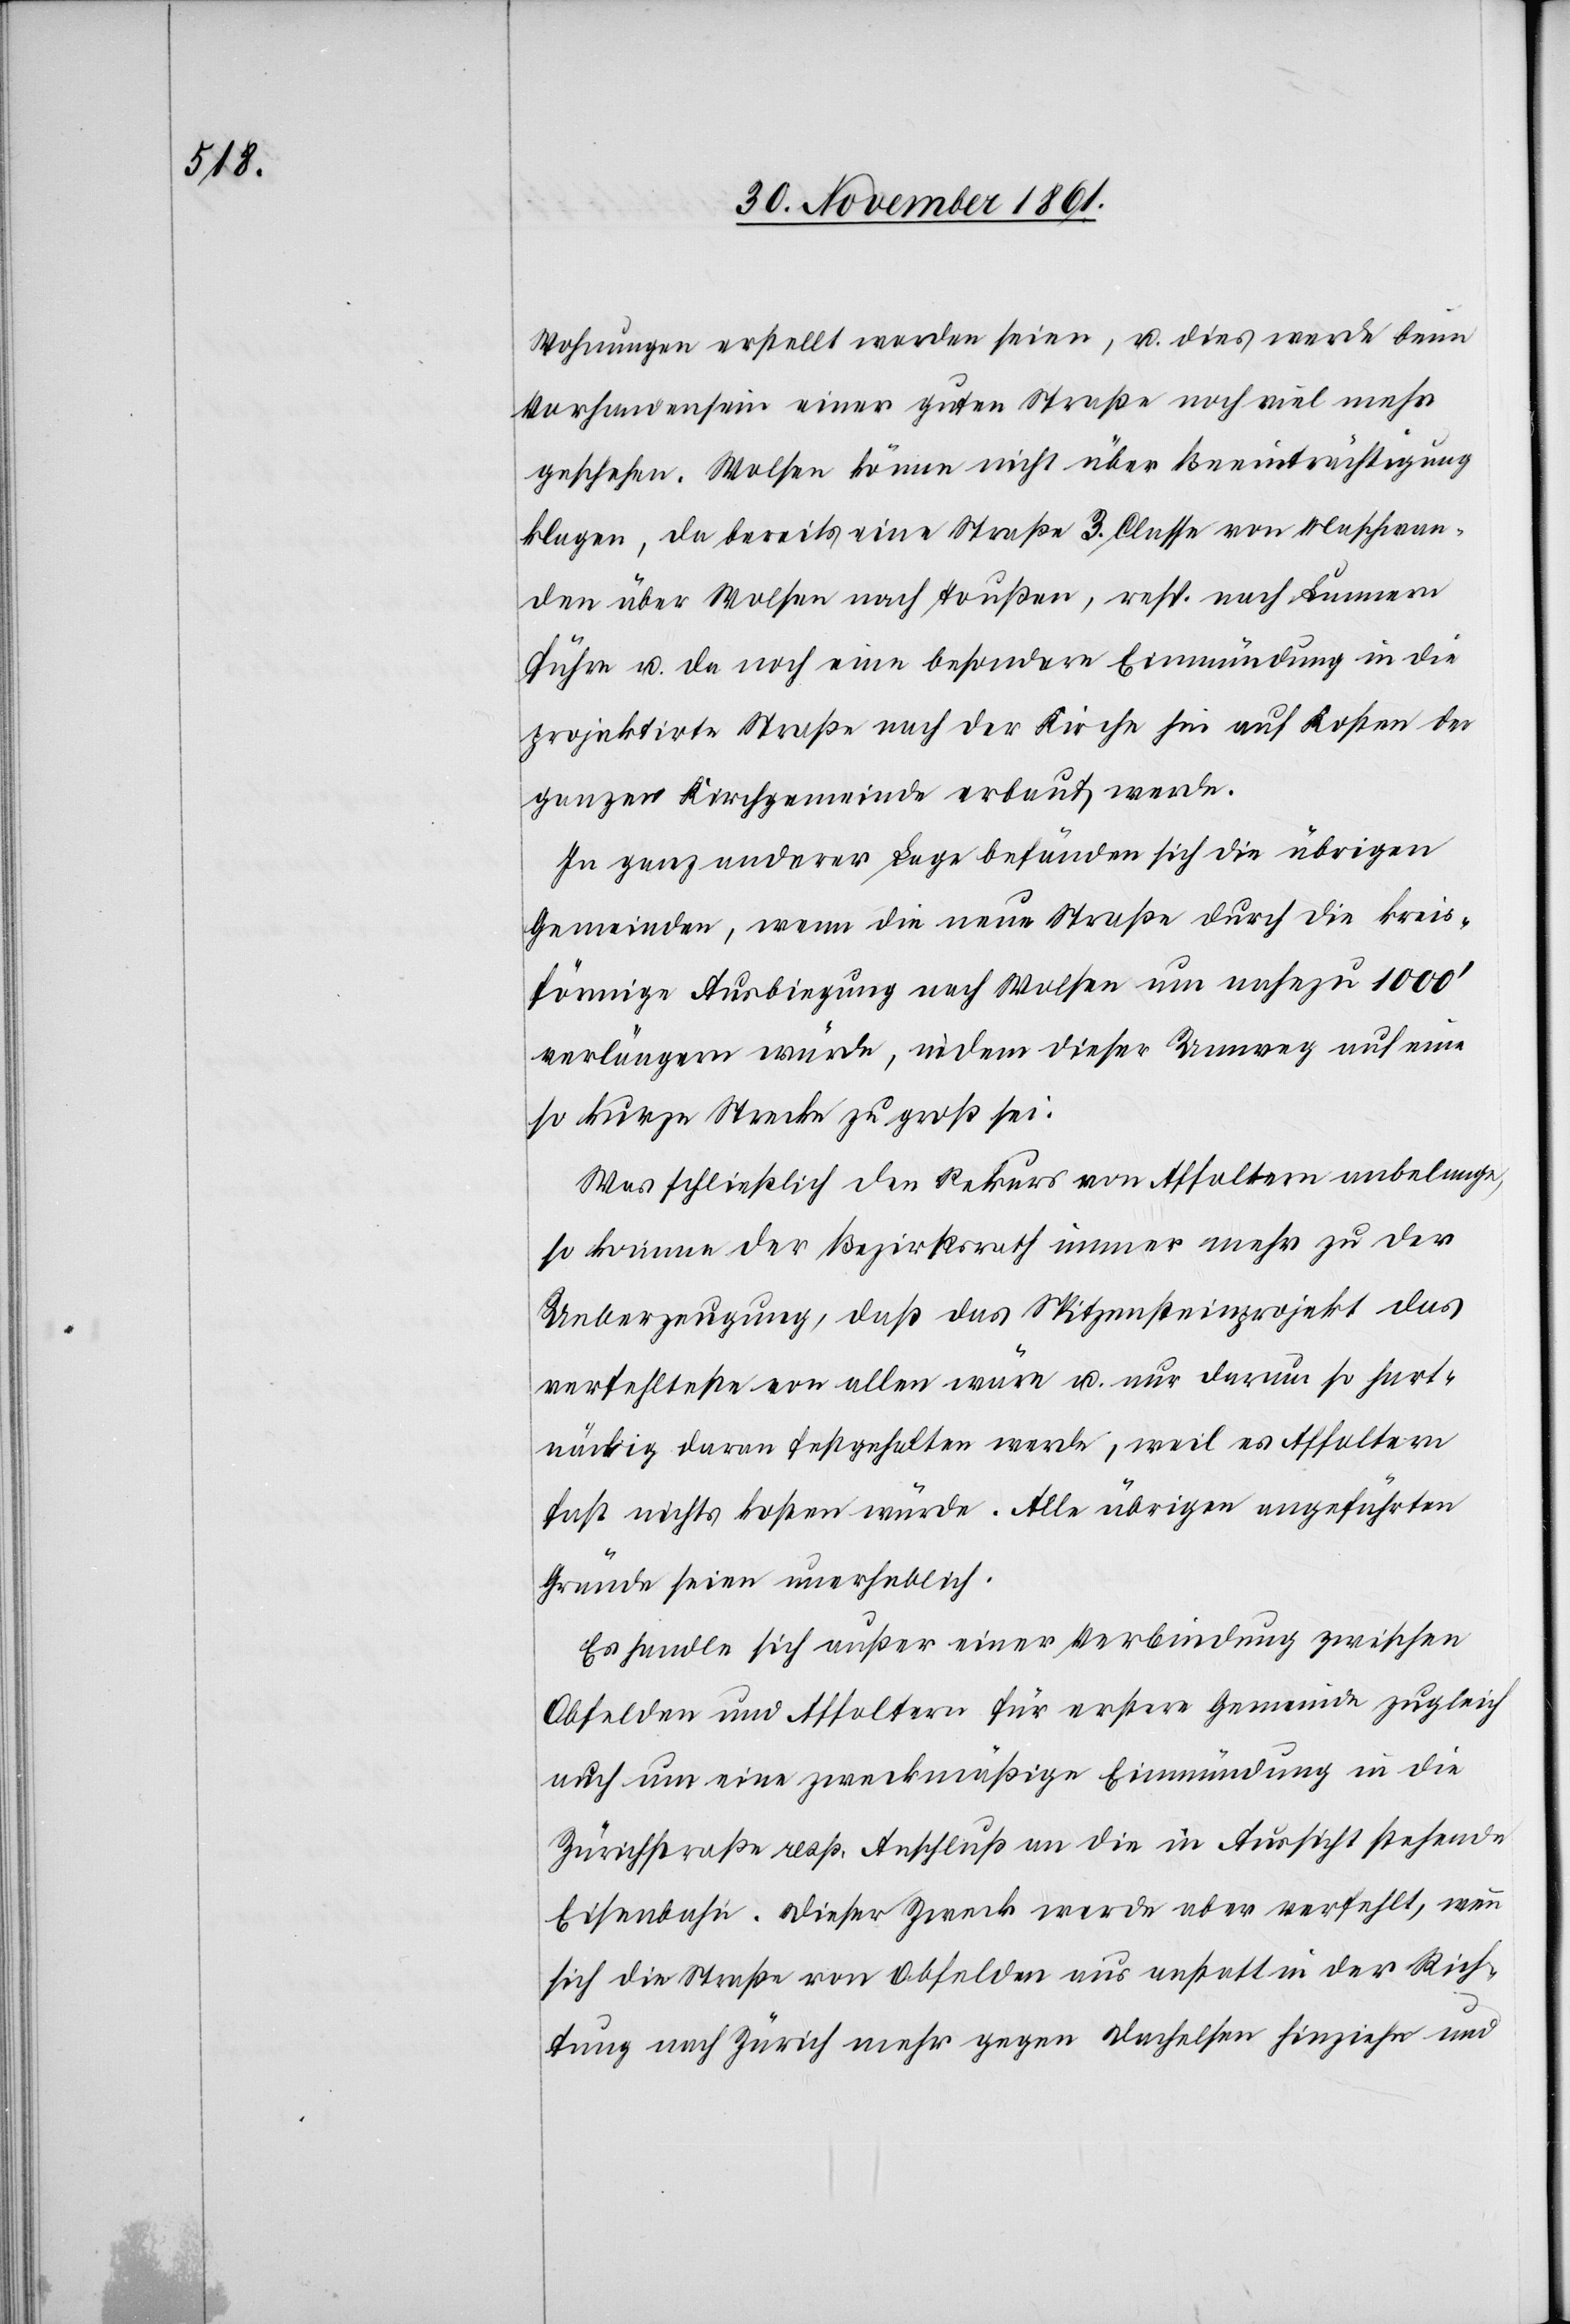
Wohnungen erstellt worden seien, u. dies werde beim
Vorhandensein einer guten Straße noch viel mehr
geschehen. Wolsen könne nicht über Beeinträchtigung
klagen, da bereits eine Straße 3 Classe von Maschwan¬
den über Wolsen nach Toußen, resp. nach Lunnern
führe u. da noch eine besondere Einmündung in die
projektirte Straße nach der Kirche hin auf Kosten der
ganzen Kirchgemeinde erbaut werde.
In ganz anderer Lage befänden sich die übrigen
Gemeinden, wenn [sich] die neue Straße durch die kreis¬
förmige Ausbiegung nach Wolsen um nahezu 1000’
verlängern würde, indem dieser Umweg auf eine
so kurze Strecke zu groß sei.
Was schließlich den Rekurs von Affoltern anbelange,
so komme der Bezirksrath immer mehr zu der
Ueberzeugung, daß das Spitzensteinprojekt das
verfehlteste von allen wäre u. nur darum so hart¬
näckig daran festgehalten werde, weil es Affoltern
fast nichts kosten würde. Alle übrigen angeführten
Gründe seien unerheblich.
Es handle sich außer einer Verbindung zwischen
Obfelden und Affoltern für erstere Gemeinde zugleich
auch um eine zweckmäßige Einmündung in die
Zürichstraße resp. Anschluß an die in Aussicht stehende
Eisenbahn. Dieser Zweck werde aber verfehlt, wenn
sich die Straße von Obfelden aus anstatt in der Rich¬
tung nach Zürich mehr gegen Dachelsen hinziehen und